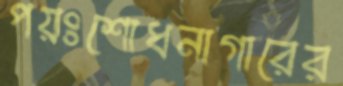
পয়ঃশোধনাগারের